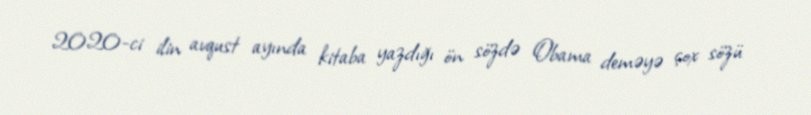
2020-ci ilin avqust ayında kitaba yazdığı ön sözdə Obama deməyə çox sözü